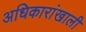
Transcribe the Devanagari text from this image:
अधिकारांखाली